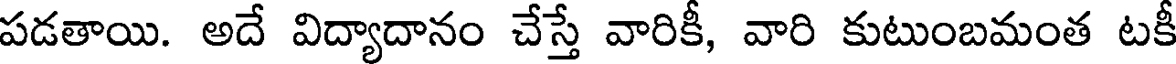
పడతాయి. అదే విద్యాదానం చేస్తే వారికీ, వారి కుటుంబమంత టకీ